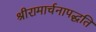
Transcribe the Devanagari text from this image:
श्रीरामार्चनापद्धति